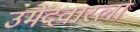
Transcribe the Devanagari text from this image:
उमेदवारला